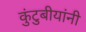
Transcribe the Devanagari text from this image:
कुंटुबीयांनी